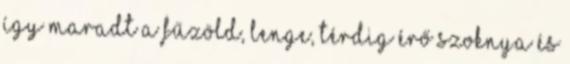
így maradt a fűzöld, lenge, térdig érő szoknya és